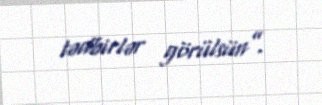
tədbirlər görülsün”.